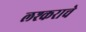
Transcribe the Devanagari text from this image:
लश्कराचे